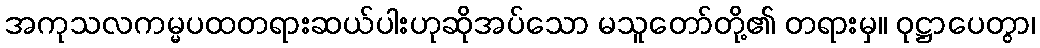
အကုသလကမ္မပထတရားဆယ်ပါးဟုဆိုအပ်သော မသူတော်တို့၏ တရားမှ။ ဝုဋ္ဌာပေတွာ၊